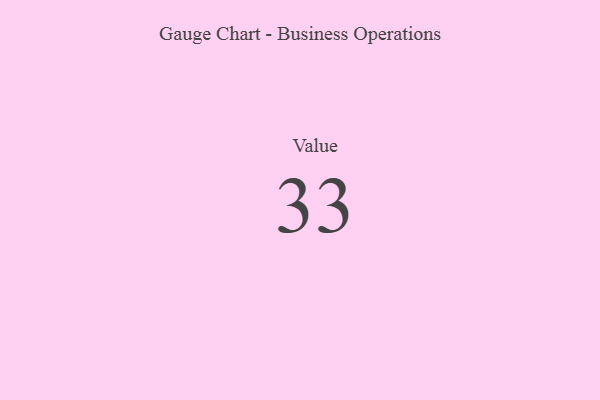
{"axis": {"x": "Metric", "y": "Value"}, "legend": [""], "data": [{"x": "Value", "y": 33, "type": ""}]}